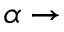
\alpha \rightarrow